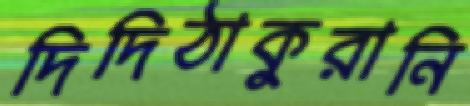
দিদিঠাকুরানি